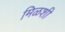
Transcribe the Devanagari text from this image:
मिळशी